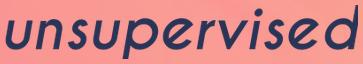
unsupervised